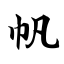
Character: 帆